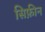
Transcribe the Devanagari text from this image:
सिफ़ीन